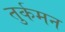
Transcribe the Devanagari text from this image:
तुर्कमन